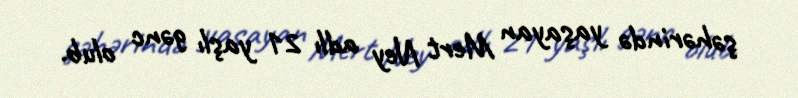
şəhərində yaşayan Mert Ney adlı 21 yaşlı gənc olub.